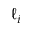
\ell _ { i }